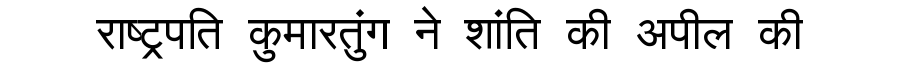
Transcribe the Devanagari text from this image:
राष्ट्रपति कुमारतुंग ने शांति की अपील की